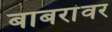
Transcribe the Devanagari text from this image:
बाबरांवर